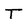
Character: T